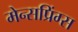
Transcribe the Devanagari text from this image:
मेन्सप्रिंग्स